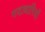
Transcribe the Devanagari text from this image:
गदाधारियों